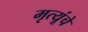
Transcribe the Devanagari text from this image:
मृत्यूंचे